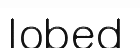
lobed